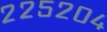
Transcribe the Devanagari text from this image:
२२५२०४